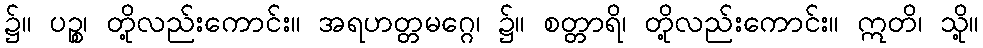
၌။ ပဉ္စ၊ တို့လည်းကောင်း။ အရဟတ္တမဂ္ဂေ၊ ၌။ စတ္တာရိ၊ တို့လည်းကောင်း။ ဣတိ၊ သို့။